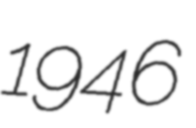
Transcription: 1946